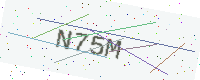
Text: N75M